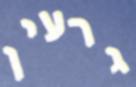
גרעין